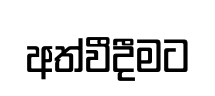
අත්වීදීමට